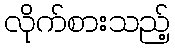
လိုက်စားသည့်